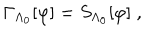
\Gamma _ { \Lambda _ { 0 } } [ \varphi ] = S _ { \Lambda _ { 0 } } [ \varphi ] \; ,